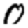
Digit: 0